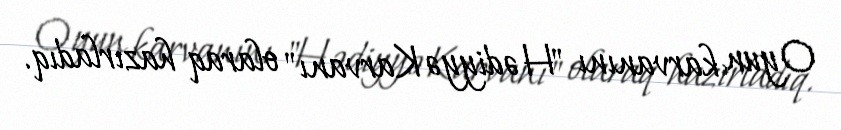
Oyun karvanını "Hədiyyə Karvanı" olaraq hazırladıq.